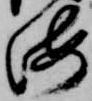
海